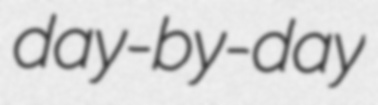
day-by-day